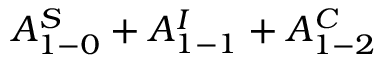
A _ { 1 - 0 } ^ { S } + A _ { 1 - 1 } ^ { I } + A _ { 1 - 2 } ^ { C }